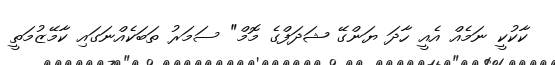
ކާކުކީ ނަމެއް އެއީ ހާދަ ޔަންގޭ ޝަދަފްގެ މޮމް" ސަމަރު ތަބަކެއްނަގައި ކާމޭޒުމަތީ